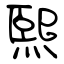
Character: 煕